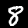
Digit: 8